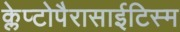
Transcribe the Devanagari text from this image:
क्लेप्टोपैरासाईटिस्म